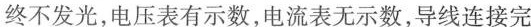
终不发光，电压表有示数，电流表无示数，导线连接完